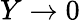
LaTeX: Y\rightarrow 0